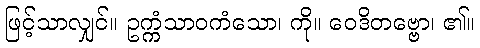
ဖြင့်သာလျှင်။ ဥက္ကံသာဝကံသော၊ ကို။ ဝေဒိတဗ္ဗော၊ ၏။